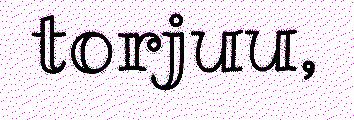
torjuu,